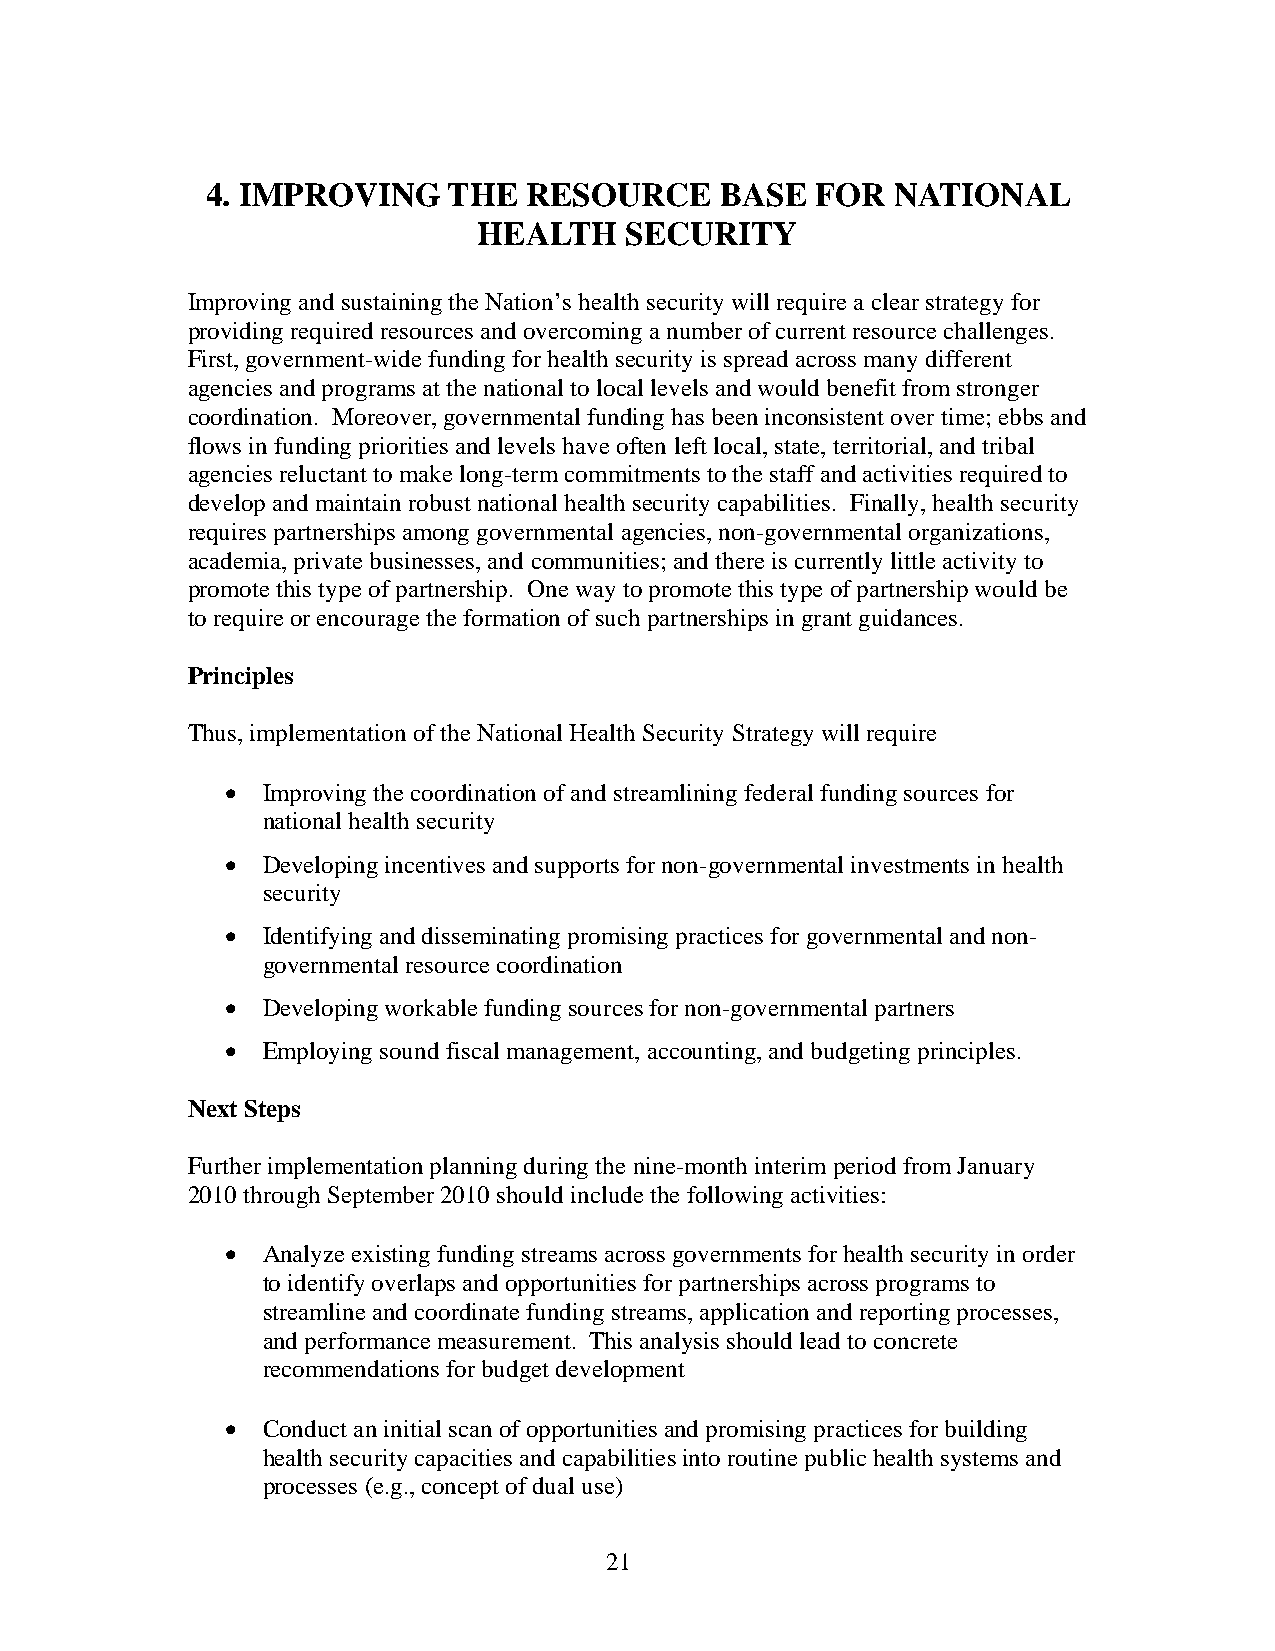
4. IMPROVING    THE  RESOURCE     BASE  FOR  NATIONAL
 HEALTH   SECURITY
 Improving and sustaining the Nation’s health security will require a clear strategy for
 providing required resources and overcoming a number of current resource challenges.
 First, government-wide funding for health security is spread across many different
 agencies and programs at the national to local levels and would benefit from stronger
 coordination. Moreover, governmental funding has been inconsistent over time; ebbs and
 flows in funding priorities and levels have often left local, state, territorial, and tribal
 agencies reluctant to make long-term commitments to the staff and activities required to
 develop and maintain robust national health security capabilities. Finally, health security
 requires partnerships among governmental agencies, non-governmental organizations,
 academia, private businesses, and communities; and there is currently little activity to
 promote this type of partnership. One way to promote this type of partnership would be
 to require or encourage the formation of such partnerships in grant guidances.
 Principles
 Thus, implementation of the National Health Security Strategy will require
  Improving the coordination of and streamlining federal funding sources for
 national health security
  Developing incentives and supports for non-governmental investments in health
 security
  Identifying and disseminating promising practices for governmental and non-
 governmental resource coordination
  Developing workable funding sources for non-governmental partners
  Employing sound fiscal management, accounting, and budgeting principles.
 Next Steps
 Further implementation planning during the nine-month interim period from January
 2010 through September 2010 should include the following activities:
  Analyze existing funding streams across governments for health security in order
 to identify overlaps and opportunities for partnerships across programs to
 streamline and coordinate funding streams, application and reporting processes,
 and performance measurement. This analysis should lead to concrete
 recommendations for budget development
  Conduct an initial scan of opportunities and promising practices for building
 health security capacities and capabilities into routine public health systems and
 processes (e.g., concept of dual use)
 21